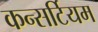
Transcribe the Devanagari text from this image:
कन्सर्टियम